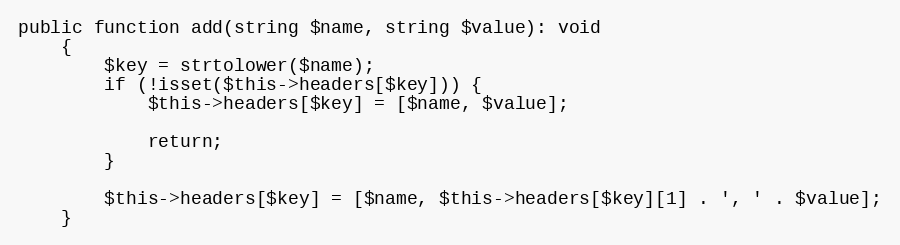
Language: PHP
public function add(string $name, string $value): void
    {
        $key = strtolower($name);
        if (!isset($this->headers[$key])) {
            $this->headers[$key] = [$name, $value];

            return;
        }

        $this->headers[$key] = [$name, $this->headers[$key][1] . ', ' . $value];
    }